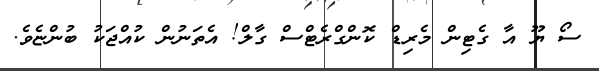
ސޯ ޔޫ އާ ގެޓިން މެރިޑް ކޮންގްރެޓްސް ގާލް! އެތަނުން ކުއްޖަކު ބުންޏެވެ.